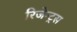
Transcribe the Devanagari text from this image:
रिजेन्ट्स